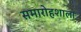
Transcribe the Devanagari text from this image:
समारोहशाला